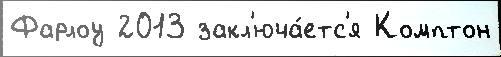
Фарлоу 2013 закл'юча́етс'я Комптон